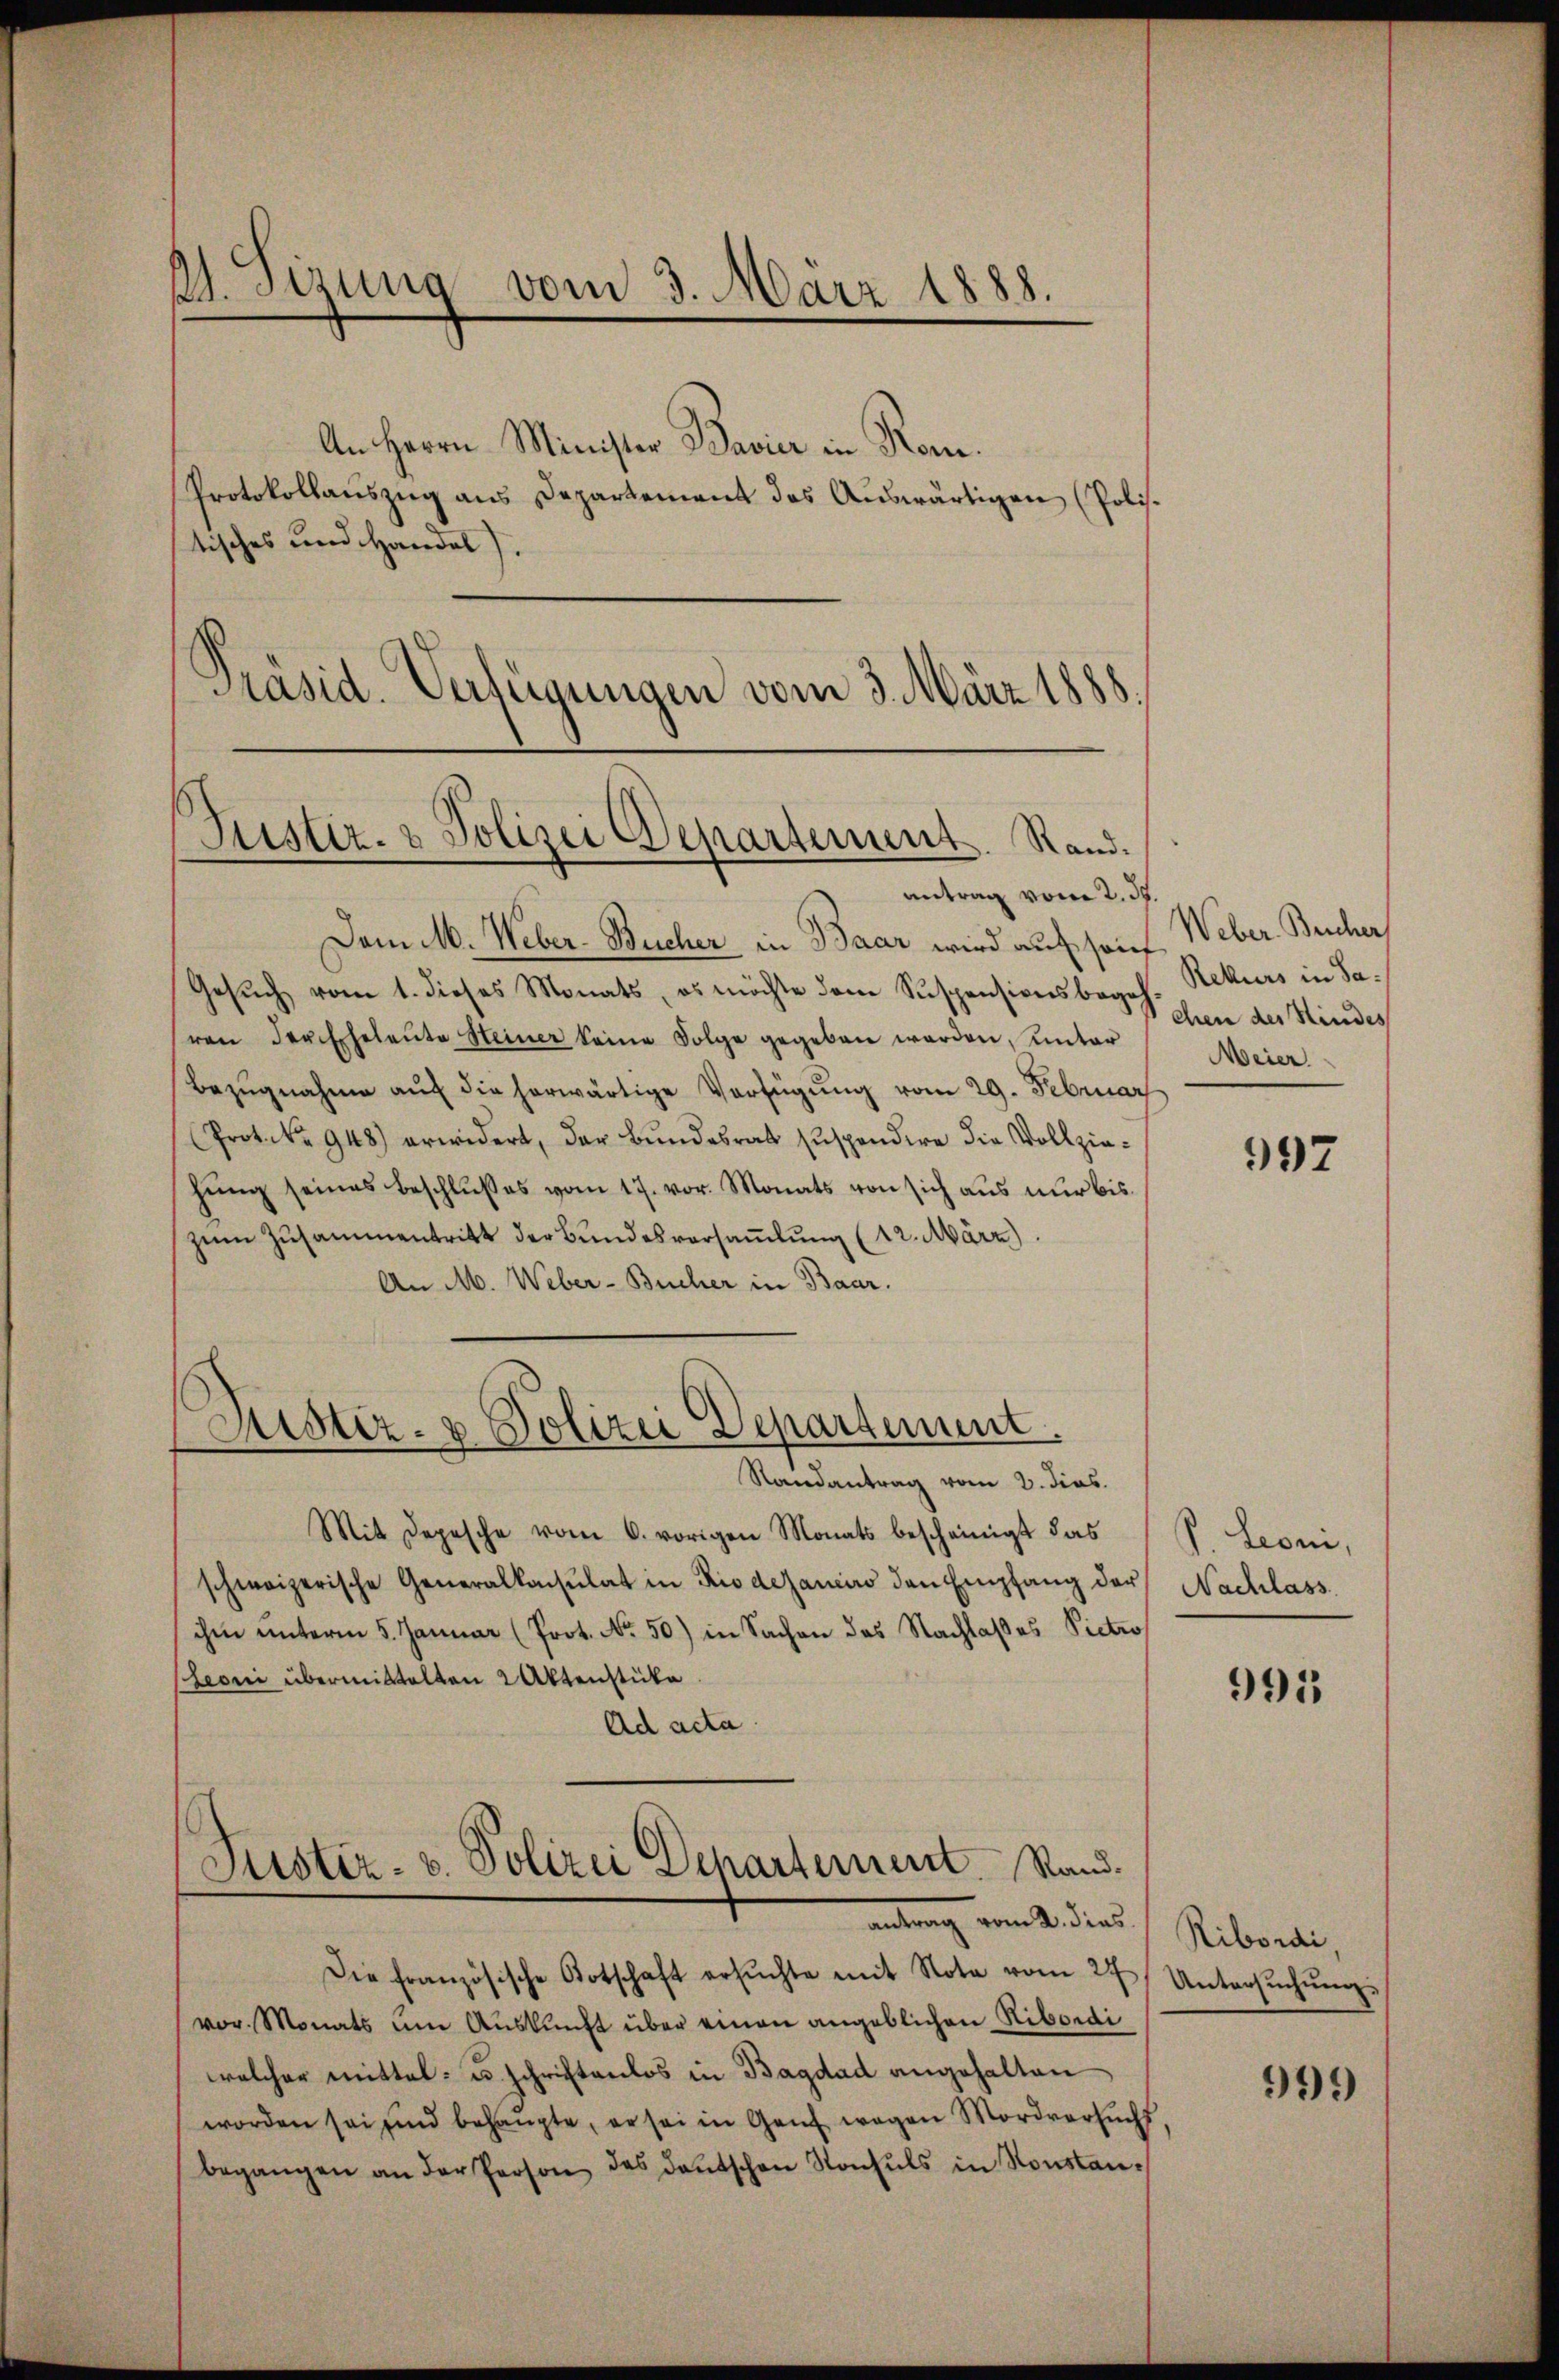
A. Sizung vom 3. März 1888.
.

tisches und Handel).

Justiz- & Polizei Departement. Rand.

An Herrn Minister Bavier in Rom.
Protokollauszug aus Departement das Auswärtigen (Polis.

Präsid. Verfügungen vom 3. März 1888.

Dem M. Weber-Bucher in Baar wird auf sof
Gesŭch vom 1. dieses Monats, es möchte dem Suspensionsbegeh
ren der Eheleŭte Heiner keine Folge gegeben werden, unter
Bezŭgnahme auf die herwärtige Verfügung vom 29. Februar
(Prot. No 948) erwidert, der Bundesrat suspendire die Vollziehung seines Beschlußes vom 17. vor. Monats von sich aus nur biszum Zusammentritt der Bundesversammlung (12. März)
An M. Weber-Bucher in Baar.
Mit Depesche vom 6. vorigen Monats bescheinigt das
schweizerische Generalkonsulat in Rio dejancis den Empfang der Nachlass
ihm unterm 5. Januar (Prot. No. 50) in Sachen das Nachlaßes Victro¬
Leoni übermittelten Aktenstücke
Ad acta
Justiz- u. Polizei Departement. Sandantrag vom 2. dies
Die französische Botschaft ersŭchte mit Nota vom 27
vor. Monats um Auskunft über einen angeblichen Nibordi
welcher mittel- u. schrichtanlos in Bagdad angehalten
worden sei sind behaŭpte, er sei in Ganz wegen Mordversuchs.
begangen an der Person des dantschen Konsuls in Konstan¬

Justiz- & Polizei Departement.
Randantrag vom 2. dies

antrag vom 2. ds.

Weber Bescher,
Rekurs in Saehen des Kindes
Meier

392

P. Leoni,

991

Ribordi
Untersuchung.

999